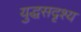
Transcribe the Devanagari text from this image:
युद्धसदृश्य